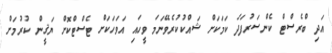
އަދި ބްރެސްޓް ކެންސަރުފަދަ ކަމަކަށް ޝައްކުކުރެވޭނަމަ ވީހައި އަވަހަކަށް ޓެސްޓްކޮށް ޔަޤީން ކުރުމަށް